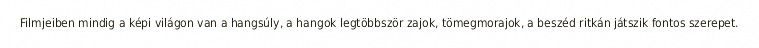
Filmjeiben mindig a képi világon van a hangsúly, a hangok legtöbbször zajok, tömegmorajok, a beszéd ritkán játszik fontos szerepet.